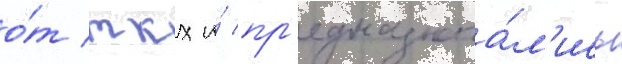
о́т ткх и́ пр'едназнача́л'ись